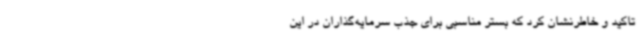
تاکید و خاطرنشان کرد که بستر مناسبی برای جذب سرمایه‌گذاران در این